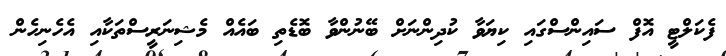
ފެކަލްޓީ އޮފް ސައިންސްގައި ކިޔަވާ ކުދިންނަށް ބޭނުންވާ ބޮޑެތި ބައެއް މެޝިނަރީސްތަކާއި އެހެނިހެން